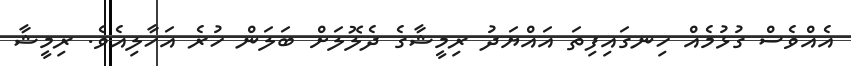
އެއްވެސް ގުޅުމެއް ހިނގައިފިތަ އައްޔަދު ރިމީޝާގެ ދެލޮލަށް ބަލަން ހުރެ އަހާލިއެވެ. ރިމީޝާ